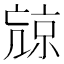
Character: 𠅽